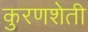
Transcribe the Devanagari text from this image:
कुरणशेती